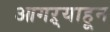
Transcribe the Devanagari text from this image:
आगऱ्याहून